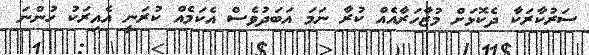
ސަރުކާރަކާ ދެކޮޅަށް މުޒާހަރާއެއް ކުރާ ނަމަ އަބަދުވެސް އެކަމެއް ކުރަނީ އެއިރަކު ހުންނަ